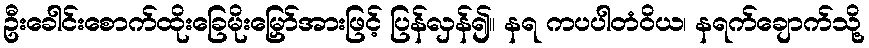
ဦးခေါင်းစောက်ထိုးခြေမိုးမြှော်အားဖြင့် ပြန်လှန်၍။ နရ ကပပါတံဝိယ၊ နရက်ချောက်သို့